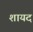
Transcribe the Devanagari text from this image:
शायद